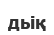
дьіқ